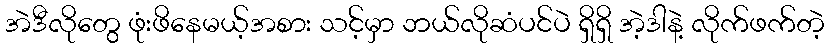
အဲဒီလိုတွေ ဖုံးဖိနေမယ့်အစား သင့်မှာ ဘယ်လိုဆံပင်ပဲ ရှိရှိ အဲ့ဒါနဲ့ လိုက်ဖက်တဲ့